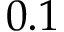
0 . 1